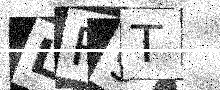
Text: LR9T